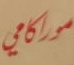
موراكامي